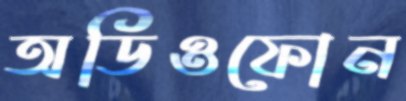
অডিওফোন